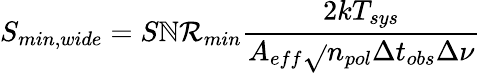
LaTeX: S_{min,wide}=S\mathbb{N}\mathcal{R}_{min}\frac{{2k{T_{sys}}}}{{A_{eff}\sqrt{}{{n_{pol}\Delta{t_{obs}}\Delta{\nu}}}}}